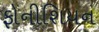
ફોનીશિયન